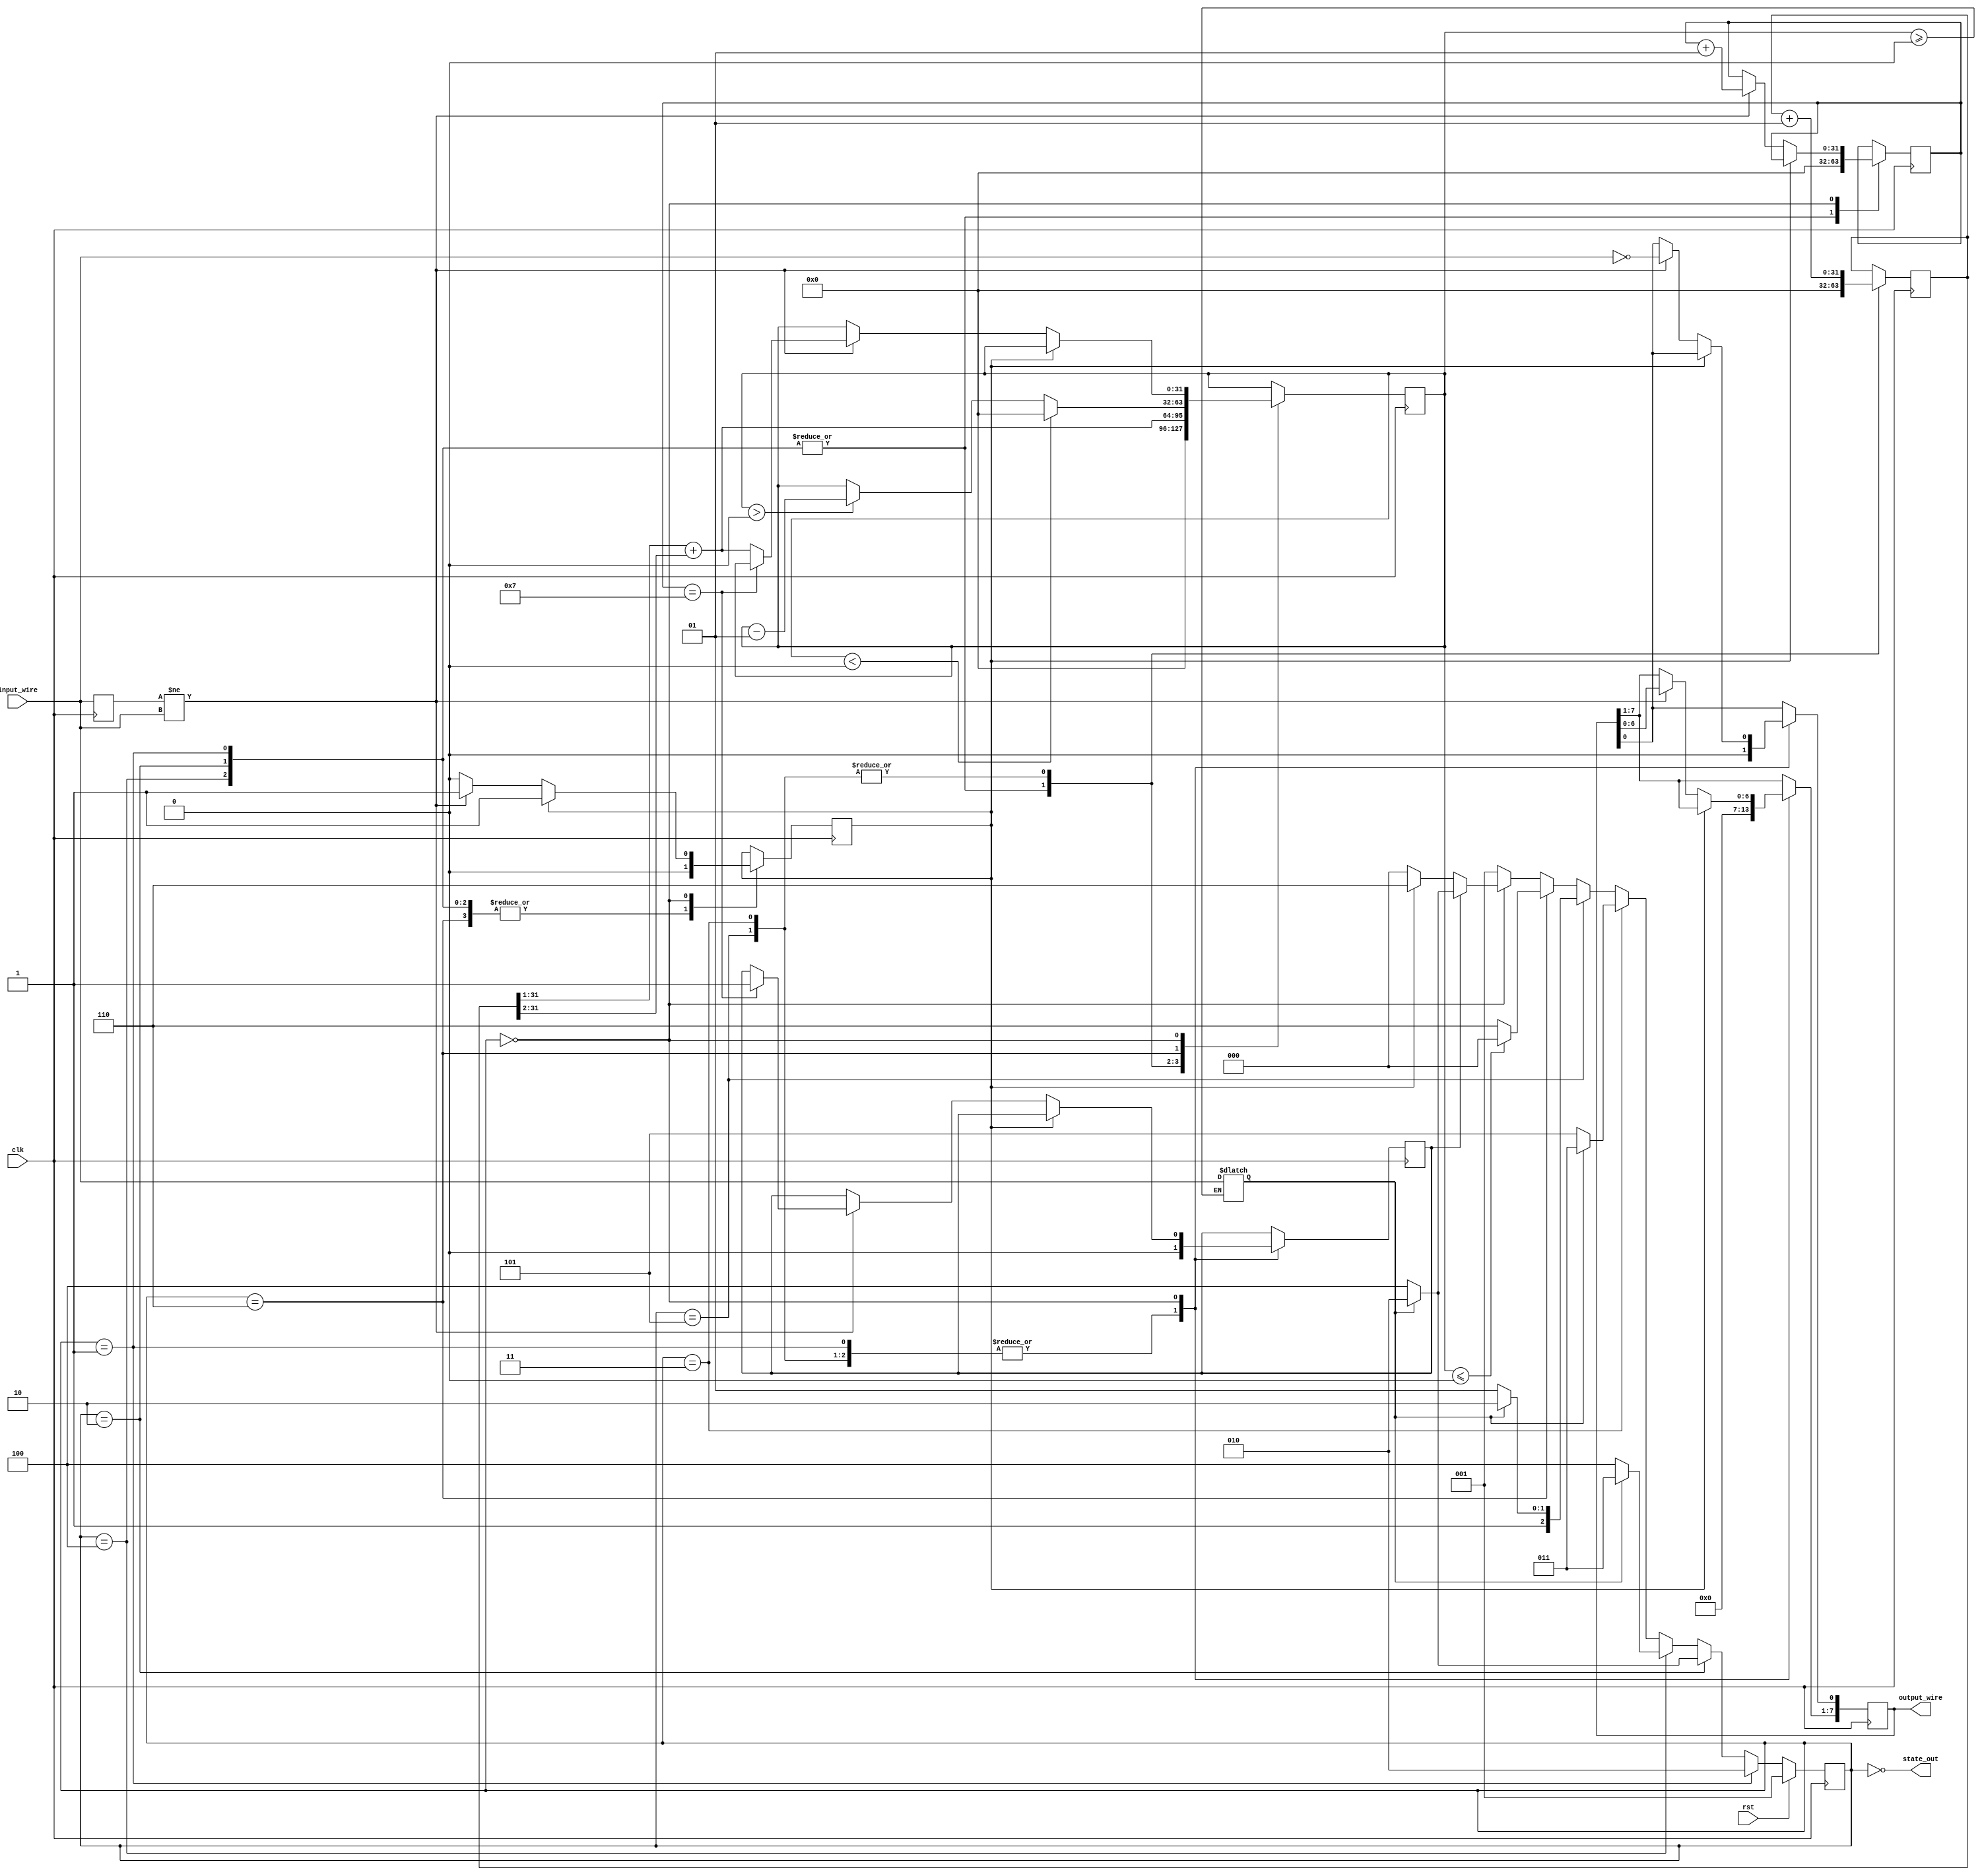
`define data_capacity 8
/*
`define RESET 7'b0000001
`define IDLE_HIGH 7'b0000010
`define IDLE_LOW 7'b0000100
`define CLOCKSYNC_HIGH 7'b0001000
`define CLOCKSYNC_LOW 7'b0010000
`define MASK 7'b0100000
`define READ 7'b1000000
*/
`define RESET 3'b001
`define IDLE_HIGH 3'b010
`define IDLE_LOW 3'b100
`define CLOCKSYNC_HIGH 3'b011
`define CLOCKSYNC_LOW 3'b101
`define MASK 3'b110
`define READ 3'b000

module Man_decoder(input_wire, output_wire, clk, rst, state_out);
  /*
   * Manchest Decoder
   *
   * Args:
   *  input_wire: the wire that transmitting Manchest signal
   *  output_wire: a wire that displays decoded result
   *  clk: input clock signal, should be twice faster than Manchest frequency
   *  eoc: "end of conversion" signal
   *  rst(posedge, asynchronous): reset signal
   */
  input input_wire;
  output[`data_capacity - 1:0] output_wire;
  input clk, rst;
  output[2:0] state_out;
  
  reg[2:0] state;
  reg[2:0] next_state;
  
  reg end_of_convert;
  reg read_one_bit;
  reg clock_last_input;
  
  // port for masking
  reg masked_input;
  integer mask_cnt;
  
  integer clock_cnt;
  integer decoded_cnt;
  
  reg[`data_capacity - 1:0] latch_output;
  
  always @ (posedge clk)
    begin
      if(rst)
        state <= `RESET;
      else
        state <= next_state;
    end
    
  always @ (state or masked_input or rst or mask_cnt or end_of_convert or read_one_bit)
    begin
      if(state == `RESET)
        if(!rst)
          next_state = `IDLE_HIGH;
        else
          next_state = `RESET;
      else if(state == `IDLE_HIGH)
        if(masked_input)
          next_state = `IDLE_HIGH;
        else
          next_state = `IDLE_LOW;
      else if(state == `IDLE_LOW)
        if(masked_input)
          next_state = `CLOCKSYNC_HIGH;
        else
          next_state = `IDLE_LOW;
      else if(state == `CLOCKSYNC_HIGH)
        if(masked_input)
          next_state = `CLOCKSYNC_HIGH;
        else
          next_state = `CLOCKSYNC_LOW;
      else if(state == `CLOCKSYNC_LOW)
        if(masked_input)
          next_state = `MASK;
        else
          next_state = `CLOCKSYNC_LOW;
      else if(state == `MASK)
        if(mask_cnt <= 0)
          next_state = `READ;
        else
          next_state = `MASK;
      else if(state == `READ)
        if(end_of_convert == 1)
          if(masked_input)
            next_state = `IDLE_HIGH;
          else
            next_state = `IDLE_LOW;
        else if(read_one_bit == 1)
          next_state = `MASK;
        else
          next_state = `READ;
      else
        next_state = `RESET;
    end
    
  always @ (posedge clk)
    begin
      case(state)
        `RESET:
          begin
            latch_output <= 0;
            mask_cnt <= 0;
            clock_cnt <= 0;
            decoded_cnt <= 0;
            end_of_convert <= 0;
            read_one_bit <= 0;
          end
        `IDLE_HIGH, `IDLE_LOW:
          begin
            //Note: delay some time?
            // end_of_convert <= 0;
            // soft reset
            read_one_bit <= 0;
            clock_cnt <= 0;
            mask_cnt <= 0;
            decoded_cnt <= 0;
          end
        `CLOCKSYNC_HIGH, `CLOCKSYNC_LOW:
          begin
            //Note: Think if we should clear result here
            latch_output <= 0;
            end_of_convert <= 0;
            
            clock_cnt <= clock_cnt + 1;
            mask_cnt <= ((clock_cnt >> 1) + (clock_cnt >> 2));
          end
        `MASK:
          begin
            if(mask_cnt < 0)
              mask_cnt <= 0;
            else if(mask_cnt > 0)
              mask_cnt <= mask_cnt - 1;
            read_one_bit <= 0;
          end
        `READ:
          begin
            if(read_one_bit == 0)
              begin
                if(clock_last_input != input_wire)
                  begin
                    latch_output <= latch_output << 1;
                    latch_output[0] <= ~input_wire;
                    read_one_bit <= 1;
                    decoded_cnt <= decoded_cnt + 1;
                    if(decoded_cnt == `data_capacity - 1)
                      end_of_convert <= 1;
                    else
                      mask_cnt <= ((clock_cnt >> 1) + (clock_cnt >> 2));
                  end
              end
          end
        default:
          begin
          end
      endcase
      clock_last_input <= input_wire;
    end
  
  // input masker
  always @ (mask_cnt or input_wire)
    begin
      if(mask_cnt >= 0)
        begin
          masked_input = input_wire;
        end
      else
        masked_input = masked_input;
    end
  // assign masked_input = input_wire;
  
  assign output_wire = latch_output;
  //assign output_wire = latch_output;

  assign state_out = ~state;
endmodule

// undefine all defined params
`undef data_capacity

`undef RESET
`undef IDLE_HIGH
`undef IDLE_LOW
`undef CLOCKSYNC_HIGH
`undef CLOCKSYNC_LOW
`undef MASK
`undef READ